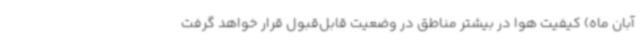
آبان ماه) کیفیت هوا در بیشتر مناطق در وضعیت قابل‌قبول قرار خواهد گرفت